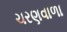
ચરણવાળા